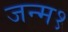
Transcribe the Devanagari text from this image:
जन्म१